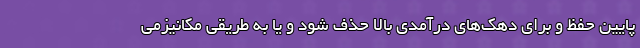
پایین حفظ و برای دهک‌های درآمدی بالا حذف شود و یا به طریقی مکانیزمی